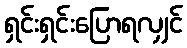
ရှင်းရှင်းပြောရလျှင်